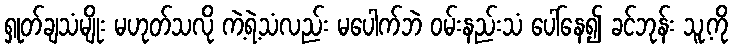
ရှုတ်ချသံမျိုး မဟုတ်သလို ကဲ့ရဲ့သံလည်း မပေါက်ဘဲ ဝမ်းနည်းသံ ပေါ်နေ၍ ခင်ဘုန်း သူ့ကို